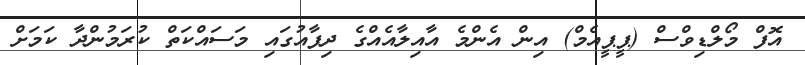
އޮފް މޯލްޑިވްސް (ޕީޕީއެމް) އިން އެންމެ އާއިލާއެއްގެ ދިފާއުގައި މަސައްކަތް ކުރަމުންދާ ކަމަށް